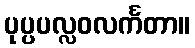
ပုပ္ပပလ္လဝလင်္ကတာ။